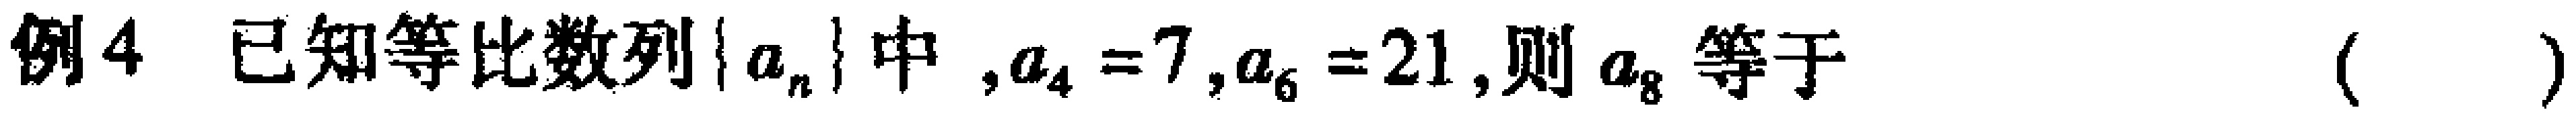
例4 已知等比数列\(\{ a_{n}\}\)中 ,\(a_{4}=7\),\(a_{6}=21\),则\(a_{8}\)等于  (   )